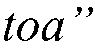
toa”